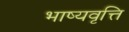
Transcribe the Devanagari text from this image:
भाष्यवृत्ति